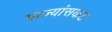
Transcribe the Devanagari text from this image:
भाज्यांसकट